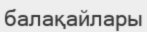
балақайлары